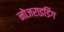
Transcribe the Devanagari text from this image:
नोजराइडिंग